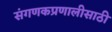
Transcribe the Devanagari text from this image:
संगणकप्रणालीसाठी